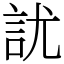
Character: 訧